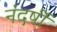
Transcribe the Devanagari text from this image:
नंदर्षी